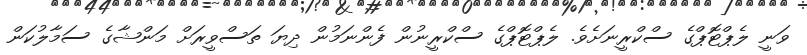
ވަނީ ލެޕްޓޮޕްގެ ސްކްރީނަށެވެ. ލެޕްޓޮޕްގެ ސްކްރީނުން ފެންނަމުން ދިޔަ ތަސްވީރަށް މަންޝާގެ ސަމާލުކަން